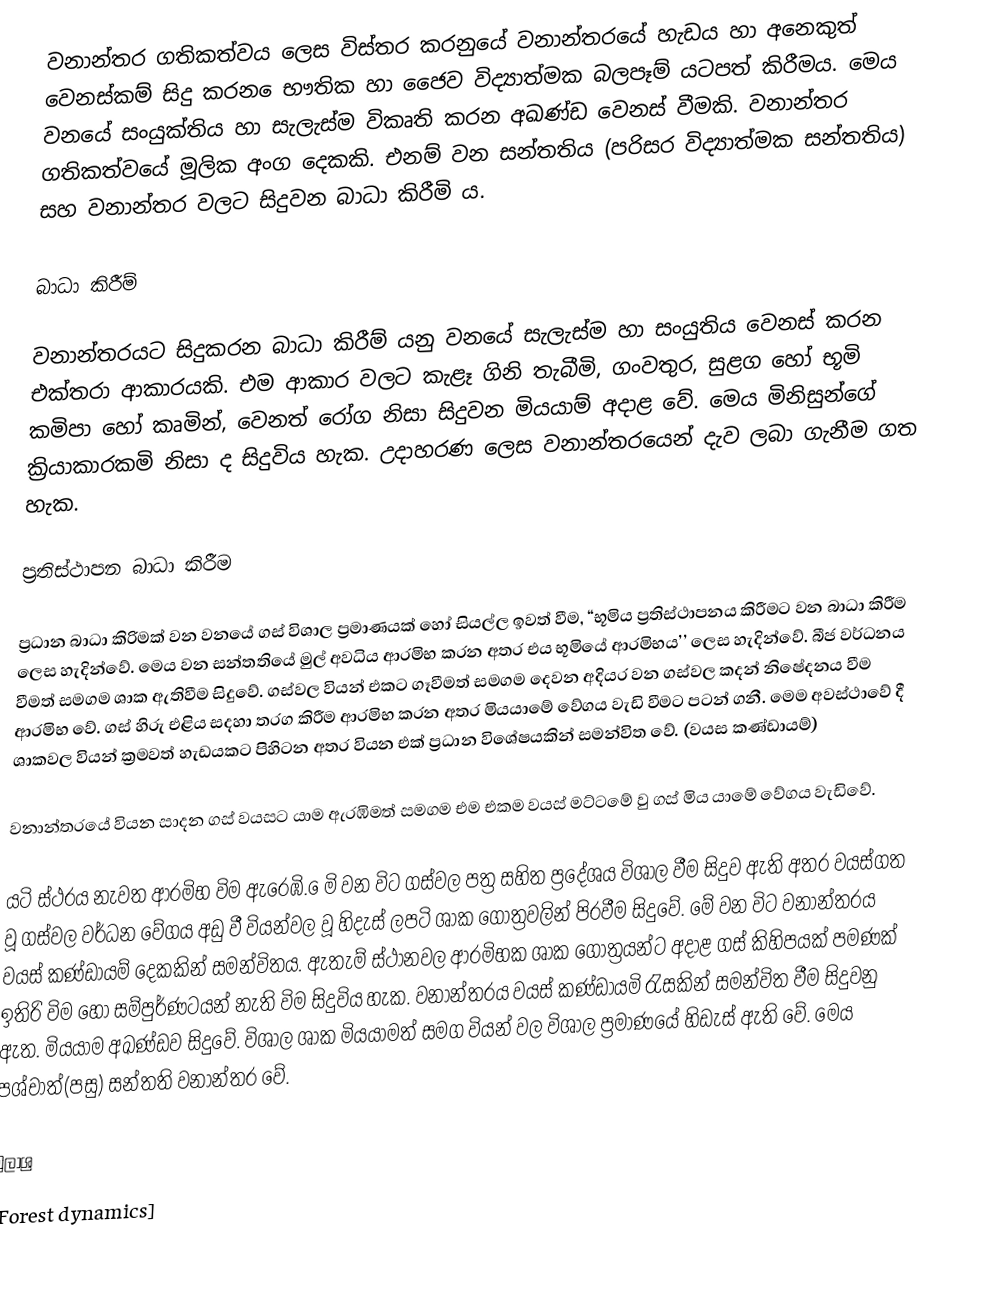
වනාන්තර ගතිකත්වය ලෙස විස්තර කරනුයේ වනාන්තරයේ හැඩය හා අනෙකුත් වෙනස්කම් සිදු කරන ‍ෙභෟතික හා ජෛව විද්‍යාත්මක බලපෑම් යටපත් කිරීමය. මෙය වනයේ සංයුක්තිය හා සැලැස්ම විකෘති කරන අඛණ්ඩ වෙනස් වීමකි. වනාන්තර ගතිකත්වයේ මූලික අංග දෙකකි. එනම් වන සන්තතිය (පරිසර විද්‍යාත්මක සන්තතිය) සහ වනාන්තර වලට සිදුවන බාධා කිරීමි ය.

බාධා කිරීම්

වනාන්තරයට සිදුකරන බාධා කිරීම් යනු වනයේ සැලැස්ම හා සංයුතිය වෙනස් කරන එක්තරා ආකාරයකි. එම ආකාර වලට කැළෑ ගිනි තැබීමි, ගංවතුර, සුළග හෝ භූමි කමිපා හෝ කෘමින්, වෙනත් රෝග නිසා සිදුවන මියයාම් අදාළ වේ. මෙය මිනිසුන්ගේ ක්‍රියාකාරකමි නිසා ද සිදුවිය හැක. උදාහරණ ලෙස වනාන්තරයෙන් දැව ලබා ගැනීම ගත හැක.

ප්‍රතිස්ථාපන බාධා කිරීම

ප්‍රධාන බාධා කිරිමක් වන වනයේ ගස් විශාල ප්‍රමාණයක් හෝ සියල්ල ඉවත් වීම, “භූමිය ප්‍රතිස්ථාපනය කිරීමට වන බාධා කිරීම ලෙස හැදින්වේ. මෙය වන සන්තතියේ මුල් අවධිය ආරමිභ කරන අතර එය භූමියේ ආරමිභය’’ ලෙස හැදින්වේ. බීජ වර්ධනය වීමත් සමගම ශාක ඇතිවීම සිදුවේ. ගස්වල වියන් එකට ගෑවීමත් සමගම දෙවන අදියර වන ගස්වල කදන් නිෂේදනය වීම ආරමිභ වේ. ගස් හිරු එළිය සදහා තරග කිරීම ආරමිභ කරන අතර මියයාමේ වේගය වැඩි වීමට පටන් ගනී. මෙම අවස්ථාවේ දී ශාකවල වියන් ක්‍රමවත් හැඩයකට පිහිටන අතර වියන එක් ප්‍රධාන විශේෂයකින් සමන්විත වේ. (වයස කණ්ඩායම්)

වනාන්තරයේ වියන සාදන ගස් වයසට යාම ඇරඹිමත් සමගම එම එකම වයස් මට්ටමේ වු ගස් මිය යාමේ වේගය වැඩිවේ.

යටි ස්ථරය නැවත ආරමිභ විම ඇරෙඹි. ෙමි වන විට ගස්වල පත්‍ර සහිත ප්‍රදේශය විශාල වීම සිදුව ඇති අතර වයස්ගත වූ ගස්වල වර්ධන වේගය අඩු වී වියන්වල වූ හිදැස් ලපටි ශාක ගෝත්‍රවලින් පිරවීම සිදුවේ. මේ වන විට වනාන්තරය වයස් කණ්ඩායම් දෙකකින් සමන්විතය. ඇතැම් ස්ථානවල ආරමිභක ශාක ගෝත්‍රයන්ට අදාළ ගස් කිහිපයක් පමණක් ඉතිරි විම හෝ සම්පුර්ණටයන් නැති විම සිදුවිය හැක. වනාන්තරය වයස් කණ්ඩායමි රැසකින් සමන්විත වීම සිදුවනු ඇත. මියයාම අඛණ්ඩව සිදුවේ. විශාල ශාක මියයාමත් සමග වියන් වල  විශාල ප්‍රමාණයේ හිඩැස් ඇති වේ. මෙය පශ්චාත්(පසු) සන්තති වනාන්තර වේ.

මුලාශ්‍ර
[Forest dynamics]